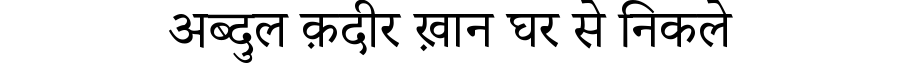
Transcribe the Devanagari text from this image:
अब्दुल क़दीर ख़ान घर से निकले